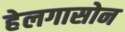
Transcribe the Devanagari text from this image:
हेलगासोन